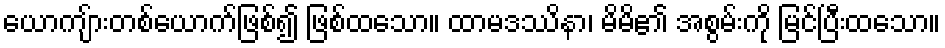
ယောကျ်ားတစ်ယောက်ဖြစ်၍ ဖြစ်ထသော။ ထာမဒဿိနာ၊ မိမိ၏ အစွမ်းကို မြင်ပြီးထသော။